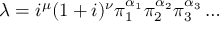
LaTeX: \lambda = i ^ { \mu } ( 1 + i ) ^ { \nu } \pi _ { 1 } ^ { \alpha _ { 1 } } \pi _ { 2 } ^ { \alpha _ { 2 } } \pi _ { 3 } ^ { \alpha _ { 3 } } \dots